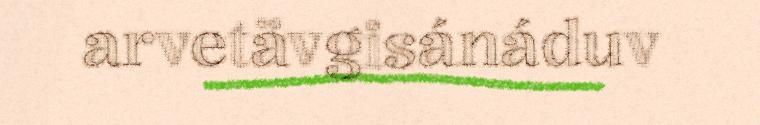
arvetävgisánáduv